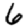
Digit: 6